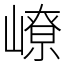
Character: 嶛